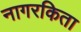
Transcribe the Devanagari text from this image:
नागरकिता